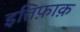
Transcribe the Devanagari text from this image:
इत्तिफ़ाक़